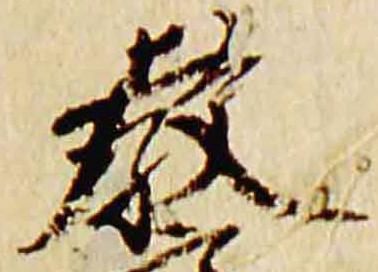
教